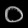
Digit: ၀